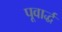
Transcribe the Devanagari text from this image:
पूवार्द्ध